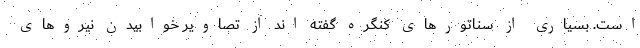
است. بسیاری از سناتورهای کنگره گفته اند از تصاویر خوابیدن نیروهای